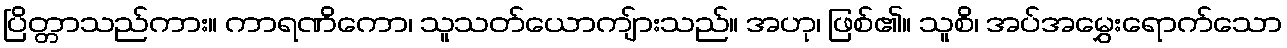
ပြိတ္တာသည်ကား။ ကာရဏိကော၊ သူသတ်ယောကျ်ားသည်။ အဟု၊ ဖြစ်၏။ သူစိ၊ အပ်အမွှေးရောက်သော